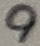
Text: 9